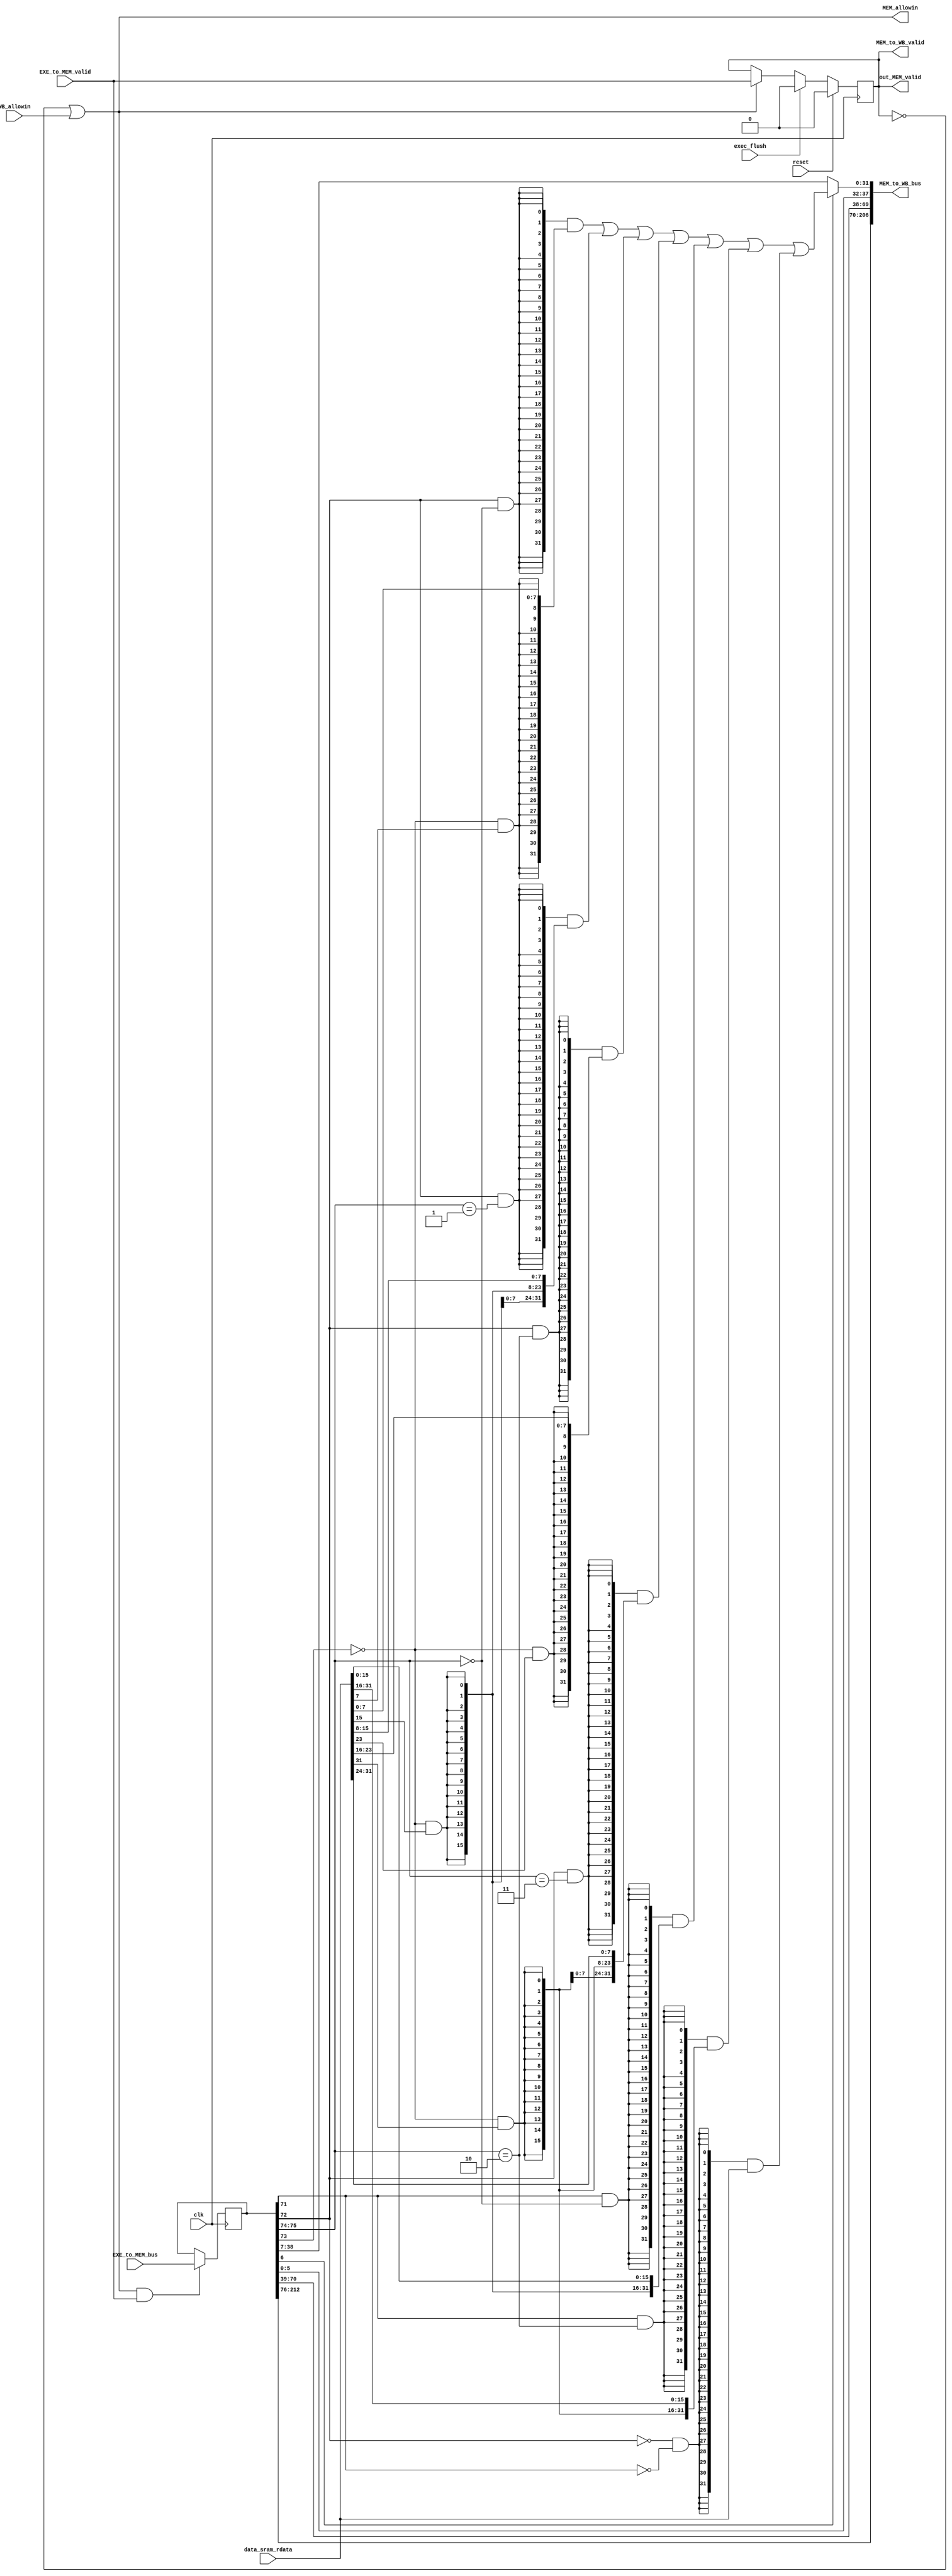
module MEM_stage(
    input clk,
    input reset,
    input WB_allowin,
    output MEM_allowin,
    input EXE_to_MEM_valid,
    input [212:0] EXE_to_MEM_bus,
    output MEM_to_WB_valid,
    output [206:0] MEM_to_WB_bus,
    input [31:0] data_sram_rdata,
    output out_MEM_valid,
    input exec_flush
);

reg MEM_valid;
wire MEM_ready_go;
reg [212:0] EXE_to_MEM_bus_rf;

assign MEM_ready_go = 1'b1;
assign MEM_allowin = !MEM_valid || MEM_ready_go && WB_allowin;
assign out_MEM_valid = MEM_valid;

always @(posedge clk) begin
    if(reset)
        MEM_valid <= 1'b0;
    else if(exec_flush)
        MEM_valid <= 1'b0;
    else if(MEM_allowin)
        MEM_valid <= EXE_to_MEM_valid;
end

always @(posedge clk) begin
    if(MEM_allowin && EXE_to_MEM_valid)
        EXE_to_MEM_bus_rf <= EXE_to_MEM_bus;
end

wire [31:0] MEM_pc;
wire [31:0] MEM_mem_result;
wire [31:0] MEM_alu_result;
wire [31:0] MEM_final_result;
wire [31:0] MEM_ld_result;
wire [ 4:0] MEM_dest;
wire [ 1:0] MEM_vaddr;
wire MEM_res_from_mem;
wire MEM_gr_we;
wire MEM_op_b;
wire MEM_op_h;
wire MEM_op_unsigned_ld;
wire [31:0] MEM_rj_value;
wire [31:0] MEM_rkd_value;
wire MEM_inst_csrrd;
wire MEM_inst_csrwr;
wire MEM_inst_csrxchg;
wire MEM_inst_syscall;
wire MEM_inst_ertn;
wire [14:0] MEM_ex_code;
wire [13:0] MEM_csr_num;
wire MEM_ex_adef;
wire MEM_ex_ine;
wire MEM_ex_ale;
wire MEM_inst_brk;
wire MEM_inst_rdcntid;
wire MEM_inst_rdcntvl_w;
wire MEM_inst_rdcntvh_w;
wire [31:0] MEM_ex_baddr;

assign {
    MEM_ex_adef,
    MEM_ex_ine,
    MEM_ex_ale,
    MEM_ex_baddr[31:0],
    MEM_inst_brk,
    MEM_inst_rdcntid,
    MEM_inst_rdcntvl_w,
    MEM_inst_rdcntvh_w,
    MEM_ex_code[14:0],    
    MEM_rj_value[31:0],     
    MEM_rkd_value[31:0],    
    MEM_inst_syscall,       
    MEM_inst_ertn,           
    MEM_inst_csrrd,        
    MEM_inst_csrwr,       
    MEM_inst_csrxchg,       
    MEM_csr_num[13:0],     
    MEM_vaddr,
    MEM_op_unsigned_ld,
    MEM_op_b,
    MEM_op_h,
    MEM_pc[31:0],
    MEM_alu_result[31:0],
    MEM_res_from_mem,
    MEM_gr_we,
    MEM_dest[4:0] } = EXE_to_MEM_bus_rf[212:0];

assign MEM_mem_result   = data_sram_rdata;
assign MEM_ld_result = {32{MEM_op_b & MEM_vaddr == 2'b00}} & {{24{~MEM_op_unsigned_ld & MEM_mem_result[ 7]}},MEM_mem_result[ 7: 0]} |
                       {32{MEM_op_b & MEM_vaddr == 2'b01}} & {{24{~MEM_op_unsigned_ld & MEM_mem_result[15]}},MEM_mem_result[15: 8]} |
                       {32{MEM_op_b & MEM_vaddr == 2'b10}} & {{24{~MEM_op_unsigned_ld & MEM_mem_result[23]}},MEM_mem_result[23:16]} |
                       {32{MEM_op_b & MEM_vaddr == 2'b11}} & {{24{~MEM_op_unsigned_ld & MEM_mem_result[31]}},MEM_mem_result[31:24]} |
                       {32{MEM_op_h & MEM_vaddr == 2'b00}} & {{16{~MEM_op_unsigned_ld & MEM_mem_result[15]}},MEM_mem_result[15: 0]} |
                       {32{MEM_op_h & MEM_vaddr == 2'b10}} & {{16{~MEM_op_unsigned_ld & MEM_mem_result[31]}},MEM_mem_result[31:16]} |
                       {32{~MEM_op_b & ~MEM_op_h}} & MEM_mem_result[31:0];
assign MEM_final_result = MEM_res_from_mem ? MEM_ld_result : MEM_alu_result;
assign MEM_to_WB_valid = MEM_valid && MEM_ready_go;
assign MEM_to_WB_bus[206:0] = {
    MEM_ex_adef,            //206
    MEM_ex_ine,             //205
    MEM_ex_ale,             //204
    MEM_ex_baddr[31:0],     //203:172
    MEM_inst_brk,           //171
    MEM_inst_rdcntid,       //170
    MEM_inst_rdcntvl_w,     //169
    MEM_inst_rdcntvh_w,     //168
    MEM_ex_code[14:0],      //167:153
    MEM_rj_value[31:0],     //152:121
    MEM_rkd_value[31:0],    //120:89
    MEM_inst_syscall,       //88:88
    MEM_inst_ertn,          //87:87
    MEM_inst_csrrd,         //86:86
    MEM_inst_csrwr,         //85:85
    MEM_inst_csrxchg,       //84:84
    MEM_csr_num[13:0],      //83:70
    MEM_pc[31:0],           //69:38         
    MEM_gr_we,              //37:37
    MEM_dest[4:0],          //36:32
    MEM_final_result[31:0]  //31:0
};

endmodule